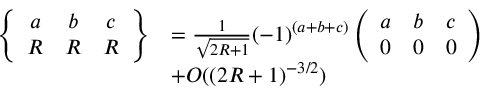
\begin{array} { r l } { \left\{ \begin{array} { c c c } { a } & { b } & { c } \\ { R } & { R } & { R } \end{array} \right\} } & { = \frac { 1 } { \sqrt { 2 R + 1 } } ( - 1 ) ^ { ( a + b + c ) } \left( \begin{array} { c c c } { a } & { b } & { c } \\ { 0 } & { 0 } & { 0 } \end{array} \right) } \\ & { + O ( ( 2 R + 1 ) ^ { - 3 / 2 } ) } \end{array}